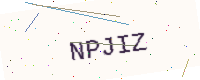
Text: NPJIZ